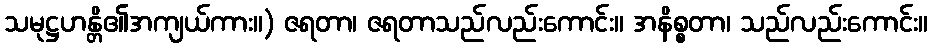
သမုဋ္ဌဟန္တိ၏အကျယ်ကား။) ဇရတာ၊ ဇရတာသည်လည်းကောင်း။ အနိစ္စတာ၊ သည်လည်းကောင်း။